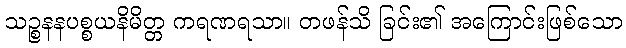
သဉ္စနနပစ္စယနိမိတ္တ ကရဏရသာ။ တဖန်သိ ခြင်း၏ အကြောင်းဖြစ်သော